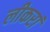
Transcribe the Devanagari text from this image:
लीकरां